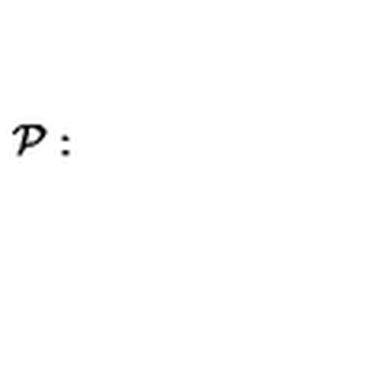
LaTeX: { \cal P } : \quad